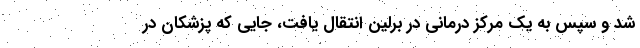
شد و سپس به یک مرکز درمانی در برلین انتقال یافت، جایی که پزشکان در